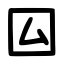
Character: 囜